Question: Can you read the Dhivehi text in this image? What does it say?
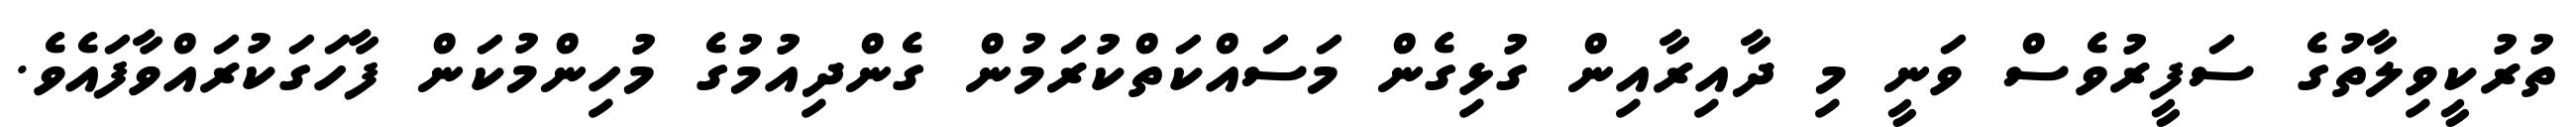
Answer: ތުރުކީވިލާތުގެ ސަފީރުވެސް ވަނީ މި ދާއިރާއިން ގުޅިގެން މަސައްކަތްކުރަމުން ގެންދިއުމުގެ މުހިންމުކަން ފާހަގަކުރައްވާފައެވެ.